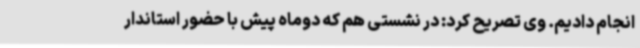
انجام دادیم. وی تصریح کرد: در نشستی هم که دوماه پیش با حضور استاندار